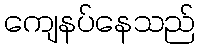
ကျေနပ်နေသည်